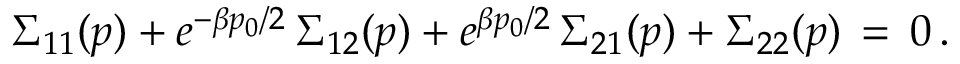
\Sigma _ { 1 1 } ( p ) + e ^ { - \beta p _ { 0 } / 2 } \, \Sigma _ { 1 2 } ( p ) + e ^ { \beta p _ { 0 } / 2 } \, \Sigma _ { 2 1 } ( p ) + \Sigma _ { 2 2 } ( p ) \, = \, 0 \, .